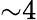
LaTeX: {\sim}4